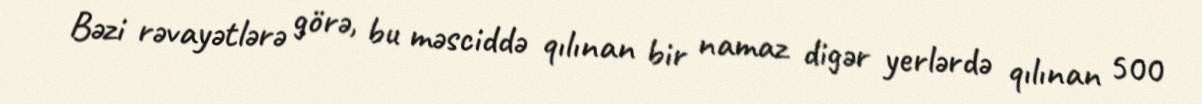
Bəzi rəvayətlərə görə, bu məsciddə qılınan bir namaz digər yerlərdə qılınan 500